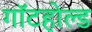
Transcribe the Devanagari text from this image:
गॉटहोल्ड